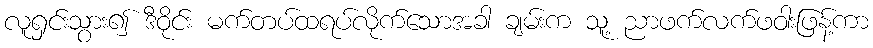
လူရှင်းသွား၍ ဒီဝိုင်း မက်တပ်ထရပ်လိုက်သောအခါ ချမ်းက သူ့ ညာဖက်လက်ဖဝါးဖြန့်ကာ